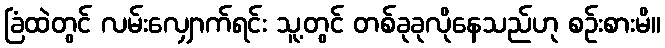
ခြံထဲတွင် လမ်းလျှောက်ရင်း သူ့တွင် တစ်ခုခုလိုနေသည်ဟု စဉ်းစားမိ။